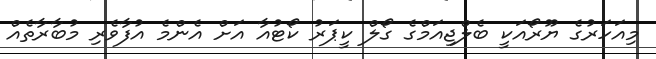
މިއަހަރުގެ ޔޫރޯއަކީ ބެލްޖިއަމްގެ ގޯލް ކީޕަރު ކޯޓުއާ އަށް އެންމެ އުފާވެރި މުބާރާތެއް